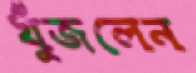
খুঁজলেন